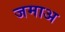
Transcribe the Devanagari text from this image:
जमाअ